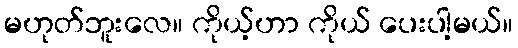
မဟုတ်ဘူးလေ။ ကိုယ့်ဟာ ကိုယ် ပေးပါ့မယ်။